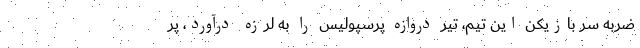
ضربه سر بازیکن این تیم، تیر دروازه پرسپولیس را به لرزه درآورد، پر